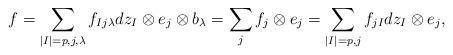
LaTeX: \begin{align*} f=\sum_{|I|=p,j,\lambda} f_{Ij\lambda}dz_I\otimes e_j\otimes b_\lambda=\sum_j f_j\otimes e_j=\sum_{|I|=p,j}f_{jI}dz_I\otimes e_j, \end{align*}